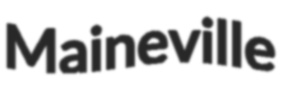
Maineville